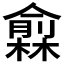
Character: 𠐙